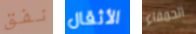
نفق الأثقال الحمقاء